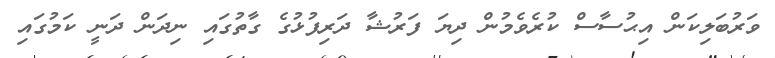
ވަރުބަލިކަން އިޙުސާސް ކުރެވެމުން ދިޔަ ފަރުޝާ ދަރިފުޅުގެ ގާތުގައި ނިދަން ދަނީ ކަމުގައި